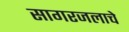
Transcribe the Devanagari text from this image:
सागरजलाचे